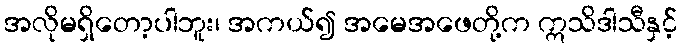
အလိုမရှိတော့ပါဘူး၊ အကယ်၍ အမေအဖေတို့က ဣသိဒါသီနှင့်